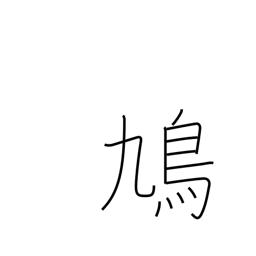
Meaning: dove